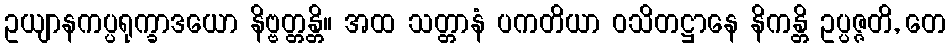
ဥယျာနကပ္ပရုက္ခာဒယော နိဗ္ဗတ္တန္တိ။ အထ သတ္တာနံ ပကတိယာ ဝသိတဋ္ဌာနေ နိကန္တိ ဥပ္ပဇ္ဇတိ, တေ